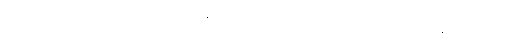
သမ္မတထရမ့်ကတော့ သွင်းကုန်ခွန်တိုးတာက ပြည်တွင်း အလုပ်အကိုင်နေရာတွေကို